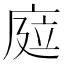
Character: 𢉊